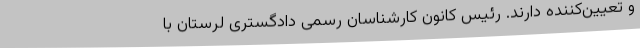
و تعیین‌کننده دارند. رئیس کانون کارشناسان رسمی دادگستری لرستان با